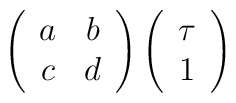
\left( \begin{array}{cc} a & b\\ c & d \end{array} \right) \left( \begin{array}{c} \tau \\ 1 \end{array} \right)